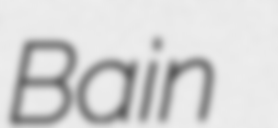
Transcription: Bain